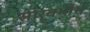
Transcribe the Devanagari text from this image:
सार्वभौभ